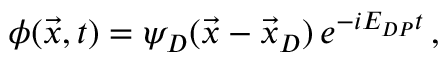
\phi ( \vec { x } , t ) = \psi _ { D } ( \vec { x } - \vec { x } _ { D } ) \, e ^ { - i E _ { D P } t } \, ,